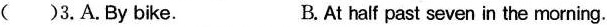
( )3.A.By bike. B. At half past seven in the morning.